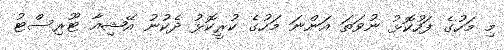
މި މަހުގެ ފަހުކޮޅު ނުވަތަ އަންނަ މަހުގެ ކުރީކޮޅު ދެކުނު އޭޝިއާ ޓޫރިސްޓު